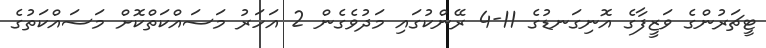
ޓީޗަރުންގެ ވަޒީފާގެ އޮނިގަނޑުގެ 11-4 ރޭންކުގައި މަދުވެގެން 2 އަހަރު މަސައްކަތްކޮށް މަސައްކަތުގެ